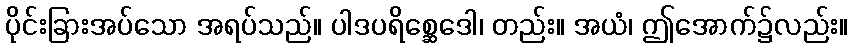
ပိုင်းခြားအပ်သော အရပ်သည်။ ပါဒပရိစ္ဆေဒေါ၊ တည်း။ အယံ၊ ဤအောက်၌လည်း။